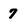
Character: 7